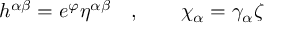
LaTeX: h ^ { \alpha \beta } = e ^ { \varphi } \eta ^ { \alpha \beta } \quad , \qquad \chi _ { \alpha } = \gamma _ { \alpha } \zeta